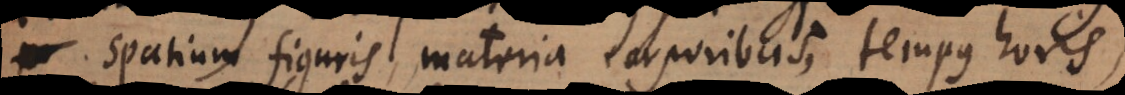
spatium figuris, materia corporibus, tempus horis,